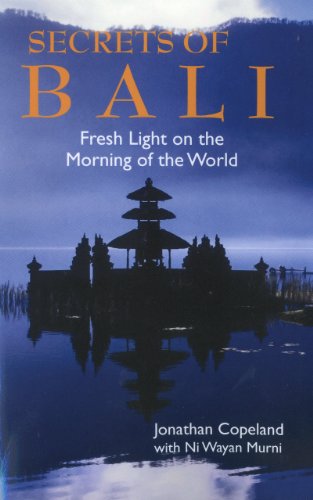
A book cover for Secrets of Bali: Fresh Light on the Morning of the World; Jonathan Copeland; Travel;